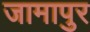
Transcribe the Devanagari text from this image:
जामापुर